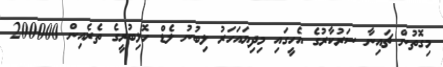
މިގޮތުން ޗައިނާ ސަރުކާރުގެ އެހީގައި މިދިޔައަހަރު ލިބުނު ލެޑް ހޮޅިބުރީގެ ތެރެއިން 200000